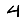
Digit: 4